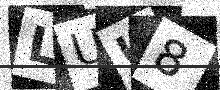
Text: LUU8